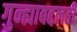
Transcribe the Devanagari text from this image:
गुन्ह्याबद्दलही